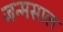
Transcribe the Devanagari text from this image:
जन्मसाल